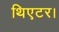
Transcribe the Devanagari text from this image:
थिएटर।